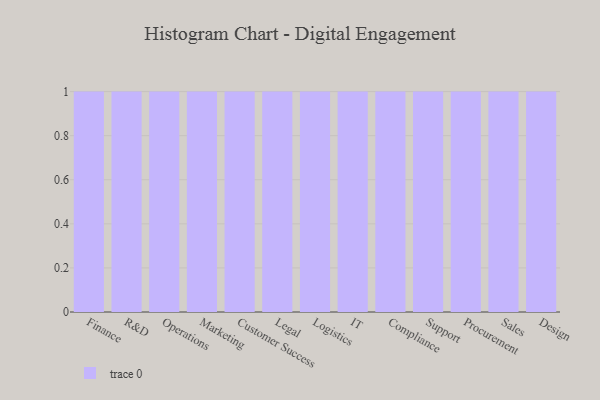
{"axis": {"x": "Department", "y": "Website Visitors"}, "legend": [""], "data": [{"x": "Finance", "y": 33, "type": ""}, {"x": "R&D", "y": 11, "type": ""}, {"x": "Operations", "y": 40, "type": ""}, {"x": "Marketing", "y": 46, "type": ""}, {"x": "Customer Success", "y": 23, "type": ""}, {"x": "Legal", "y": 40, "type": ""}, {"x": "Logistics", "y": 17, "type": ""}, {"x": "IT", "y": 66, "type": ""}, {"x": "Compliance", "y": 49, "type": ""}, {"x": "Support", "y": 74, "type": ""}, {"x": "Procurement", "y": 28, "type": ""}, {"x": "Sales", "y": 51, "type": ""}, {"x": "Design", "y": 89, "type": ""}]}